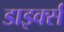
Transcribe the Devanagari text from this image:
डाइर्क्स